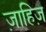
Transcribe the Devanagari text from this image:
ज़ाहिज़